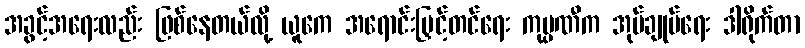
အခွင့်အရေးလည်း ဖြစ်နေတယ်လို့ ယူကေ အရောင်းမြှင့်တင်ရေး ကုမ္ပဏီက အုပ်ချုပ်ရေး ဒါရိုက်တာ